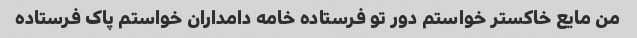
من مایع خاکستر خواستم دور تو فرستاده خامه دامداران خواستم پاک فرستاده